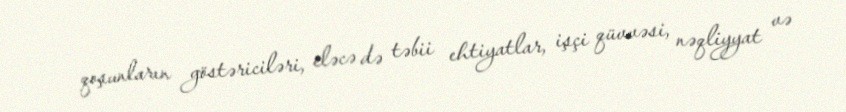
qoşunların göstəriciləri, eləcə də təbii ehtiyatlar, işçi qüvvəsi, nəqliyyat və